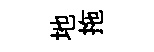
地拖